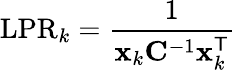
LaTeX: \mathrm{LPR}_{k}=\frac{1}{\mathbf{x}_{k}\mathbf{C}^{-1}\mathbf{x}_{k}^{\sf T}}